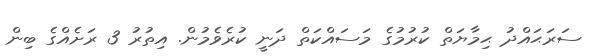
ސަރަޙައްދު ޙިމާޔަތް ކުރުމުގެ މަސައްކަތް ދަނީ ކުރެވެމުން. އިތުރު 3 ރަށެއްގެ ބިން